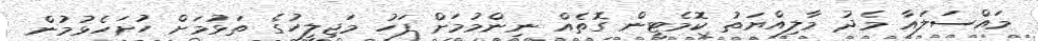
މައްސަލައާ މެދު މާލިއްޔަތު ކޮމެޓީން ގޮތެއް ނިންމުމަށް ފަހު މަޖިލީހުގެ ތަޅުމަށް ހުށަހެޅުމުން